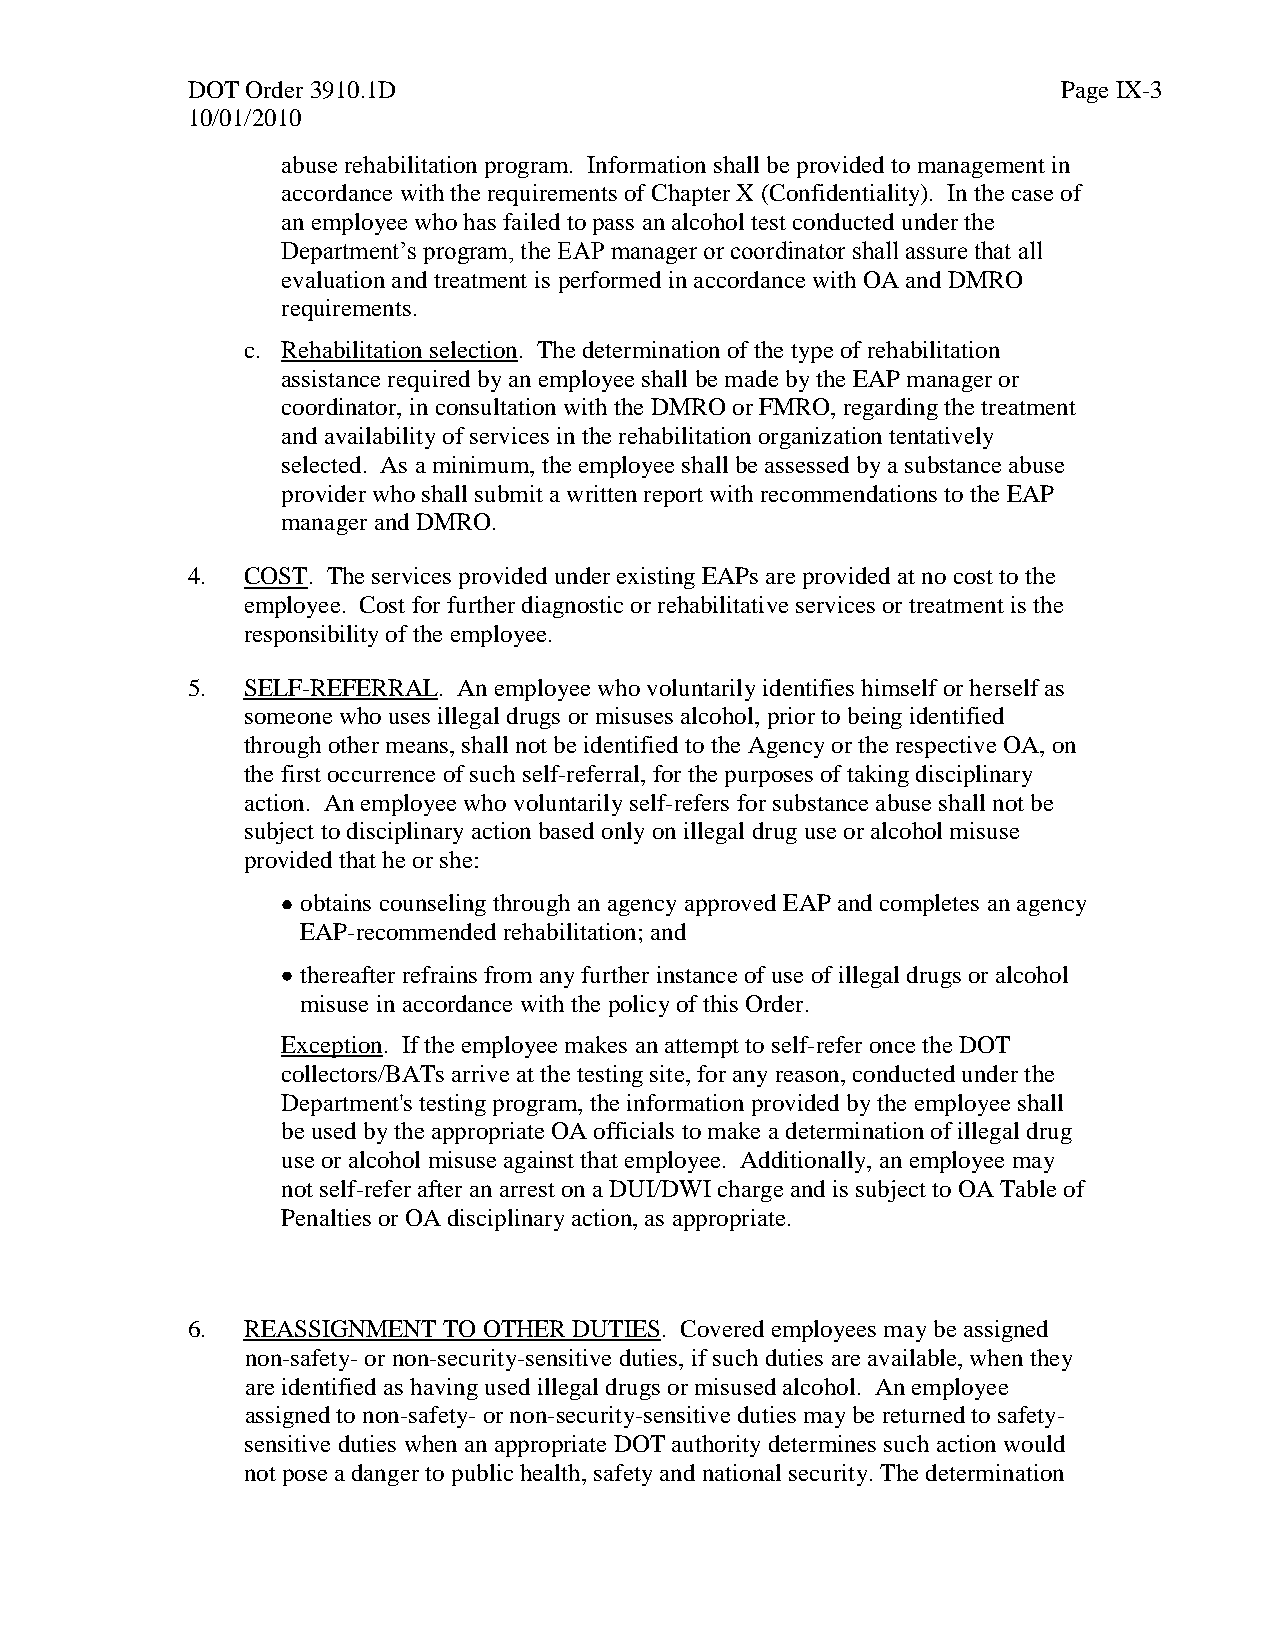
DOT Order 3910.1D                                         Page IX-3
 10/01/2010
 abuse rehabilitation program. Information shall be provided to management in
 accordance with the requirements of Chapter X (Confidentiality). In the case of
 an employee who has failed to pass an alcohol test conducted under the
 Department’s program, the EAP manager or coordinator shall assure that all
 evaluation and treatment is performed in accordance with OA and DMRO
 requirements.
 c. Rehabilitation selection. The determination of the type of rehabilitation
 assistance required by an employee shall be made by the EAP manager or
 coordinator, in consultation with the DMRO or FMRO, regarding the treatment
 and availability of services in the rehabilitation organization tentatively
 selected. As a minimum, the employee shall be assessed by a substance abuse
 provider who shall submit a written report with recommendations to the EAP
 manager and DMRO.
 4.  COST. The services provided under existing EAPs are provided at no cost to the
 employee. Cost for further diagnostic or rehabilitative services or treatment is the
 responsibility of the employee.
 5.  SELF-REFERRAL. An employee who voluntarily identifies himself or herself as
 someone who uses illegal drugs or misuses alcohol, prior to being identified
 through other means, shall not be identified to the Agency or the respective OA, on
 the first occurrence of such self-referral, for the purposes of taking disciplinary
 action. An employee who voluntarily self-refers for substance abuse shall not be
 subject to disciplinary action based only on illegal drug use or alcohol misuse
 provided that he or she:
 obtains counseling through an agency approved EAP and completes an agency
 EAP-recommended rehabilitation; and
 thereafter refrains from any further instance of use of illegal drugs or alcohol
 misuse in accordance with the policy of this Order.
 Exception. If the employee makes an attempt to self-refer once the DOT
 collectors/BATs arrive at the testing site, for any reason, conducted under the
 Department's testing program, the information provided by the employee shall
 be used by the appropriate OA officials to make a determination of illegal drug
 use or alcohol misuse against that employee. Additionally, an employee may
 not self-refer after an arrest on a DUI/DWI charge and is subject to OA Table of
 Penalties or OA disciplinary action, as appropriate.
 6.  REASSIGNMENT TO OTHER DUTIES. Covered employees may be assigned
 non-safety- or non-security-sensitive duties, if such duties are available, when they
 are identified as having used illegal drugs or misused alcohol. An employee
 assigned to non-safety- or non-security-sensitive duties may be returned to safety-
 sensitive duties when an appropriate DOT authority determines such action would
 not pose a danger to public health, safety and national security. The determination